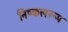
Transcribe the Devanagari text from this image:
निष्कलरूप